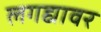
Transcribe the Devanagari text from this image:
लगद्यावर